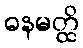
ဓနမတ္ထိ